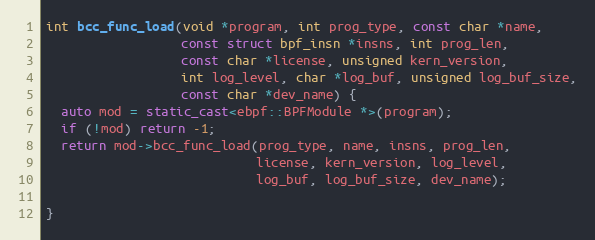
Language: C++
int bcc_func_load(void *program, int prog_type, const char *name,
                  const struct bpf_insn *insns, int prog_len,
                  const char *license, unsigned kern_version,
                  int log_level, char *log_buf, unsigned log_buf_size,
                  const char *dev_name) {
  auto mod = static_cast<ebpf::BPFModule *>(program);
  if (!mod) return -1;
  return mod->bcc_func_load(prog_type, name, insns, prog_len,
                            license, kern_version, log_level,
                            log_buf, log_buf_size, dev_name);

}